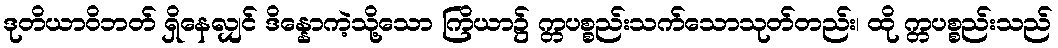
ဒုတိယာဝိဘတ် ရှိနေလျှင် ဒိန္နောကဲ့သို့သော ကြိယာ၌ က္တပစ္စည်းသက်သောသုတ်တည်း၊ ထို က္တပစ္စည်းသည်